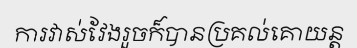
ការវាស់វែងរួចក៏បានប្រគល់គោយន្ត